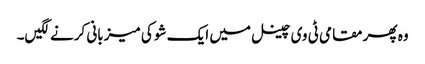
وہ پھر مقامی ٹی وی چینل میں ایک شو کی میزبانی کرنے لگیں۔